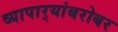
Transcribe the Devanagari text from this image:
व्यापार्‍यांबरोबर